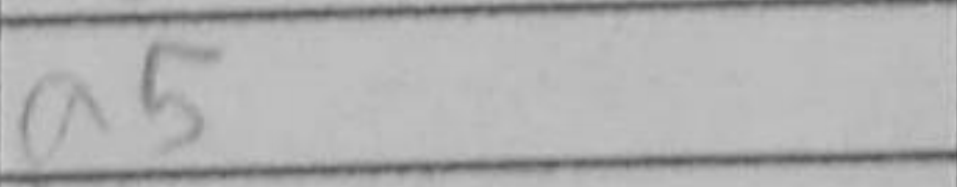
Transcription: a5